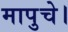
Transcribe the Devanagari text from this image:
मापुचे।